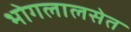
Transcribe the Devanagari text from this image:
भोगलालसेत